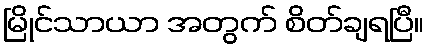
မြိုင်သာယာ အတွက် စိတ်ချရပြီ။